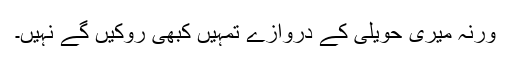
ورنہ میری حویلی کے دروازے تمہیں کبھی روکیں گے نہیں۔